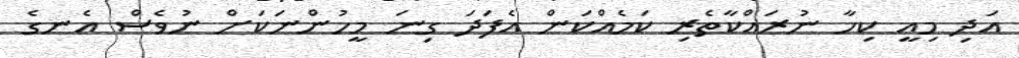
އަދި މިއީ ކިހާ ނުރައްކާތެރި ކަމެއްކަން އެފަދަ ގިނަ މީހުންނަކަށް ނުވެސް އެނގެ